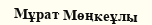
Мұрат Мөңкеұлы